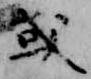
或